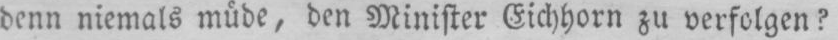
denn niemals müde, den Minister Eichhorn zu verfolgen?